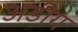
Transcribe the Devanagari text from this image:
अडींग